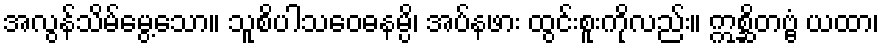
အလွန်သိမ်မွေ့သော။ သူစိပါသဝေဓနမ္ပိ၊ အပ်နဖား ထွင်းစူးကိုလည်း။ ဣစ္ဆိတဗ္ဗံ ယထာ၊